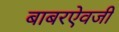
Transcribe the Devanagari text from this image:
बाबरऐवजी